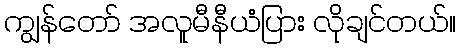
ကျွန်တော် အလူမီနီယံပြား လိုချင်တယ်။